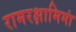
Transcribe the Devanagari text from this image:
रामरक्षामिमां